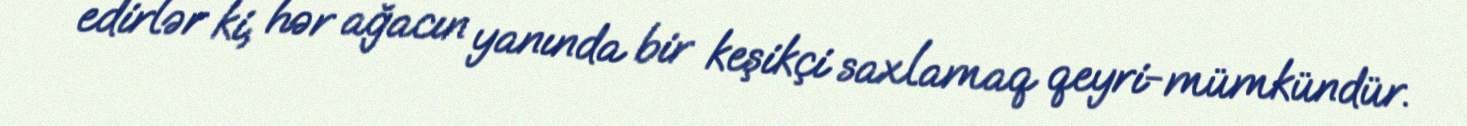
edirlər ki, hər ağacın yanında bir keşikçi saxlamaq qeyri-mümkündür.